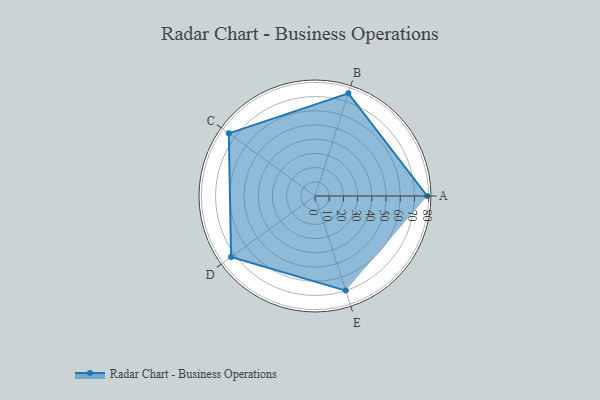
{"axis": {"x": "Skill", "y": "Score"}, "legend": ["Profile"], "data": [{"x": "A", "y": 79.0, "type": "Profile"}, {"x": "B", "y": 76.0, "type": "Profile"}, {"x": "C", "y": 75.0, "type": "Profile"}, {"x": "D", "y": 73.0, "type": "Profile"}, {"x": "E", "y": 70.0, "type": "Profile"}]}